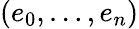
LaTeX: (e_{0},\dots,e_{n})